Bombay plague: being a history of the progress of plague in the Bombay presidency from September 1896 to June 1899
Year: 1896
Disease focus: Plague
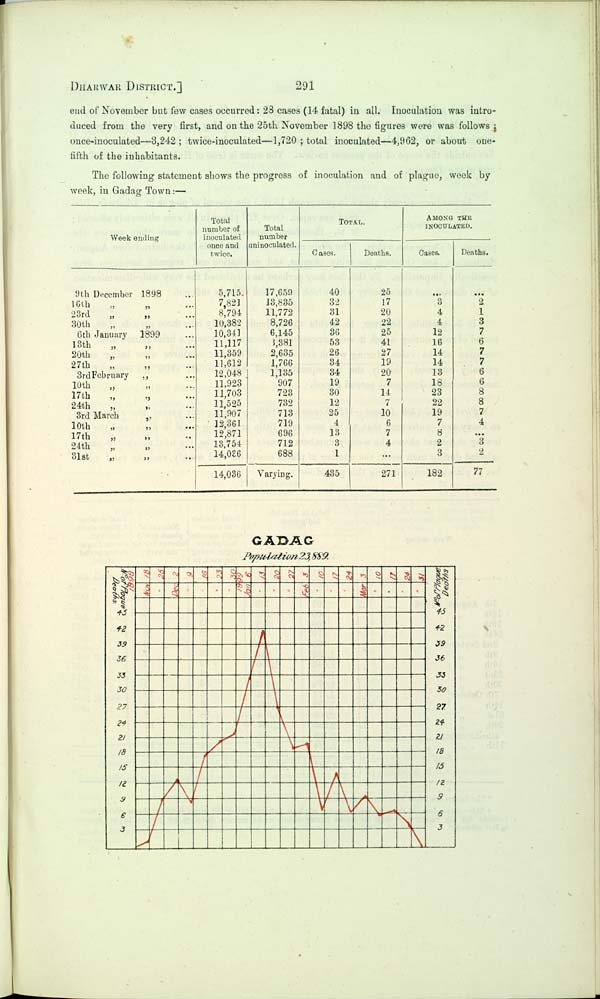
DHARWAr DISTRICT.]
291
end of November but few cases occurred: 28 cases (14 fatal) in all. Inoculation was intro-
duced from the very first, and on the 25th November 1898 the figures were was follows:
once-inoculated—3,242; twice-inoculated—1,720; total inoculated—4,962, or about one-
fifth of the inhabitants.
The following statement shows the progress of inoculation and of plague, week by
week, in Gadag Town:—
Week ending
9th December 1898
16th
23rd
30th
6th January 1899
13th
20th " "
27th
3rd February "
10th " "
17th
24th " "
3rd March
10th
17th " "
24th " "
31st " "
Total
number of
inoculated
once and
twice.
5,715
7,821
8,794
10,382
10,341
11,117
11,359
11,612
12,048
11,923
11,703
11,525
11,907
12,361
12,871
13,754
14,036
14,036
Total
number
uninoculated.
17,659
13,835
11,772
8,726
6,145
3,381
2,635
1,766
1,135
907
723
732
713
719
696
712
688
Varying.
TOTAL.
Cases.
40
32
31
42
36
53
26
34
34
19
30
12
25
4
13
3
1
435
Deaths.
25
17
20
22
25
41
27
19
20
7
14
7
10
6
7
4
271
AMONG THE
INOCULATED.
Cases.
3
4
4
12
16
14
14
13
18
23
22
19
7
8
2
3
182
Deaths.
2
1
3
7
6
7
7
6
6
8
8
7
4
3
2
77
GADAG
Population 23,889.